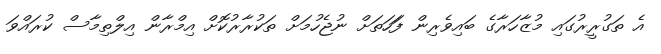
އެ ތަގުރީރުގައި މުޒާހަރާގެ ބައިވެރިން ފަަހަތަށް ނުޖެހުމަށް ތަކުރާރުކޮށް އިމްރާން އިލްތިމާސް ކުރައްވަ